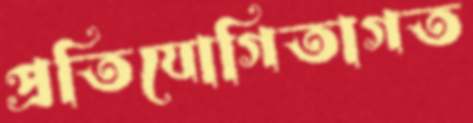
প্রতিযোগিতাগত